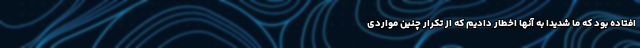
افتاده بود که ما شدیدا به آنها اخطار دادیم که از تکرار چنین مواردی